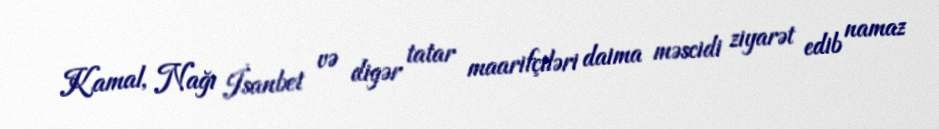
Kamal, Nağı İsanbet və digər tatar maarifçiləri daima məscidi ziyarət edib namaz